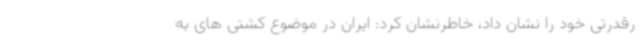
رقدرتی خود را نشان داد، خاطرنشان کرد: ایران در موضوع کشتی های به